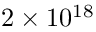
2 \times 1 0 ^ { 1 8 }